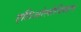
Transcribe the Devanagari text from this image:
एशिओलोजिकल